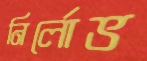
নির্লোভ